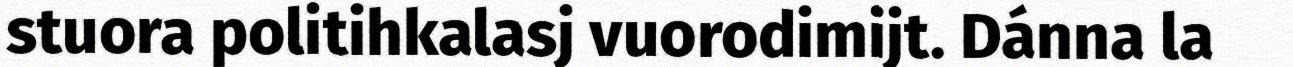
stuora politihkalasj vuorodimijt. Dánna la